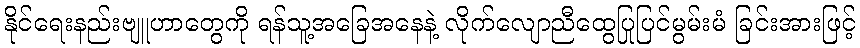
နိုင်ရေးနည်းဗျူဟာတွေကို ရန်သူ့အခြေအနေနဲ့ လိုက်လျောညီထွေပြုပြင်မွမ်းမံ ခြင်းအားဖြင့်